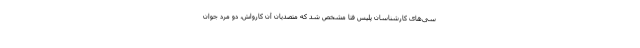
سی‌های کارشناسان پلیس فتا مشخص شد که متصدیان آن کارواش، دو مرد جوان